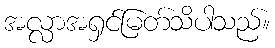
အလ္လာအရှင်မြတ်သိပါသည်။